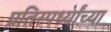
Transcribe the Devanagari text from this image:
प्रतिस्पर्ध्यांच्या